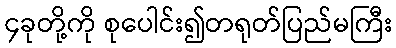
၄ခုတို့ကို စုပေါင်း၍တရုတ်ပြည်မကြီး